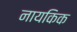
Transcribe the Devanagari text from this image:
नायकिक